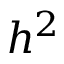
h ^ { 2 }